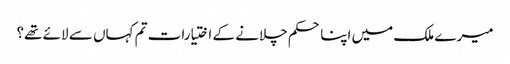
میرے ملک میں اپنا حکم چلانے کے اختیارات تم کہاں سے لائے تھے؟